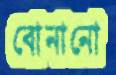
বোনানো